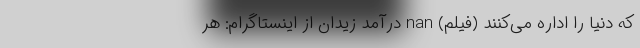
که دنیا را اداره می‌کنند (فیلم) nan درآمد زیدان از اینستاگرام: هر